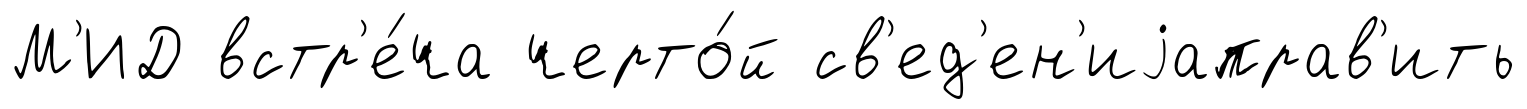
М'ИД встр'е́ча черто́й св'ед'ен'иjаправ'ить